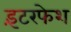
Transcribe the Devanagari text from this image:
इंटरफेश